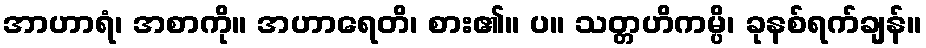
အာဟာရံ၊ အစာကို။ အဟာရေတိ၊ စား၏။ ပ။ သတ္တဟိကမ္ပိ၊ ခုနစ်ရက်ချန်။